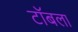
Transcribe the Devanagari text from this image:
टॉबला